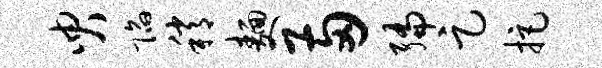
臾陷稍面两编足拒